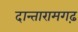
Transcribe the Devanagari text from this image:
दान्तारामगढ़